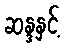
ဆန္ဒနှင့်